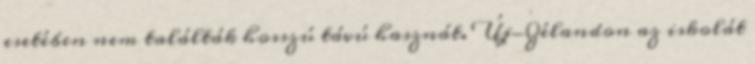
esetében nem találták hosszú távú hasznát. Új-Zélandon az iskolát